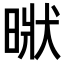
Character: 𣈚